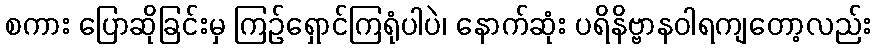
စကား ပြောဆိုခြင်းမှ ကြဉ်ရှောင်ကြရုံပါပဲ၊ နောက်ဆုံး ပရိနိဗ္ဗာနဝါရကျတော့လည်း